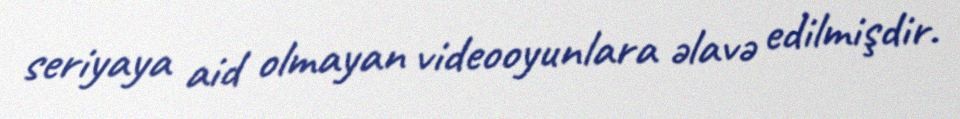
seriyaya aid olmayan videooyunlara əlavə edilmişdir.